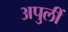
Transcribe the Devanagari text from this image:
अपुलीं